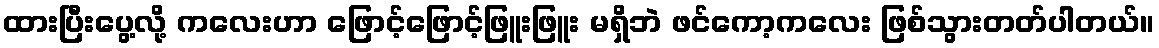
ထားပြီးပွေ့လို့ ကလေးဟာ ဖြောင့်ဖြောင့်ဖြူးဖြူး မရှိဘဲ ဖင်ကော့ကလေး ဖြစ်သွားတတ်ပါတယ်။